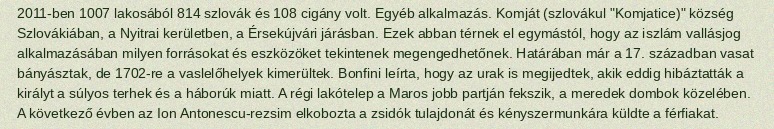
2011-ben 1007 lakosából 814 szlovák és 108 cigány volt. Egyéb alkalmazás. Komját (szlovákul "Komjatice)" község Szlovákiában, a Nyitrai kerületben, a Érsekújvári járásban. Ezek abban térnek el egymástól, hogy az iszlám vallásjog alkalmazásában milyen forrásokat és eszközöket tekintenek megengedhetőnek. Határában már a 17. században vasat bányásztak, de 1702-re a vaslelőhelyek kimerültek. Bonfini leírta, hogy az urak is megijedtek, akik eddig hibáztatták a királyt a súlyos terhek és a háborúk miatt. A régi lakótelep a Maros jobb partján fekszik, a meredek dombok közelében. A következő évben az Ion Antonescu-rezsim elkobozta a zsidók tulajdonát és kényszermunkára küldte a férfiakat.